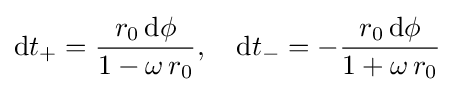
\mathrm {d} t_{+}={\frac {r_{0}\,\mathrm {d} \phi }{1-\omega \,r_{0}}},\quad \mathrm {d} t_{-}=-{\frac {r_{0}\,\mathrm {d} \phi }{1+\omega \,r_{0}}}